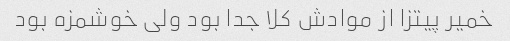
خمیر پیتزا از موادش کلا جدا بود ولی خوشمزه بود